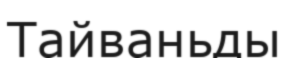
Тайваньды